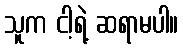
သူက ငါ့ရဲ့ ဆရာမပါ။